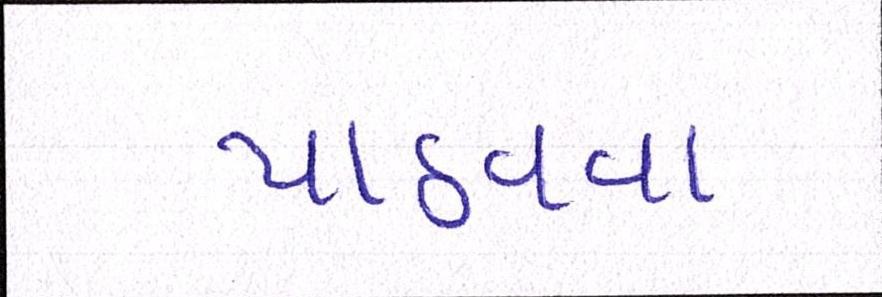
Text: પાઠવવા